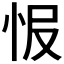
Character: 𢘎